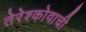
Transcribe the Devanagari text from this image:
तेरेश्कोवाची